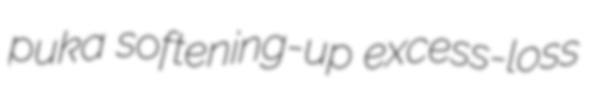
puka softening-up excess-loss